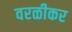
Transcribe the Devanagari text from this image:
वरळीकर